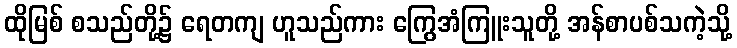
ထိုမြစ် စသည်တို့၌ ရေတကျ ဟူသည်ကား ကြွေအံကြူးသူတို့ အန်စာပစ်သကဲ့သို့